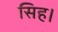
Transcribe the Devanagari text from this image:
सिह।